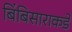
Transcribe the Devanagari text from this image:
बिंबिसाराकडे